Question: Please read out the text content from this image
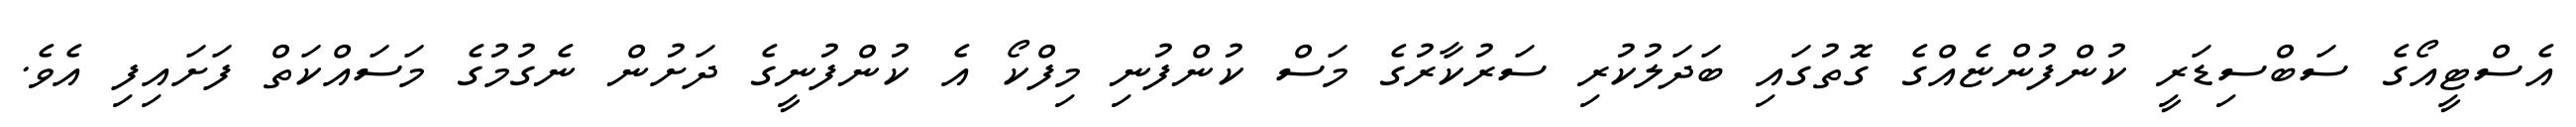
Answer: އެސްޓީއޯގެ ސަބްސިޑަރީ ކުންފުންޏެއްގެ ގޮތުގައި ބަދަލުކުރި ސަރުކާރުގެ މަސް ކުންފުނި މިފްކޯ އެ ކުންފުނީގެ ދަށުން ނެގުމުގެ މަސައްކަތް ފަށައިފި އެވެ.